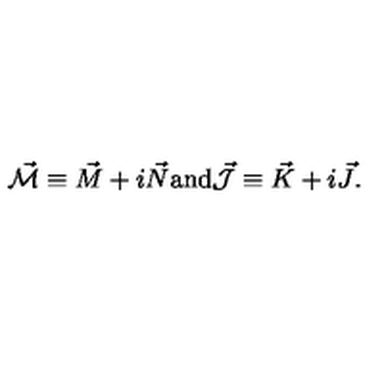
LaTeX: \vec { \cal M } \equiv \vec { M } + i \vec { N } \mathrm { a n d } \vec { \cal J } \equiv \vec { K } + i \vec { J } .